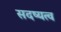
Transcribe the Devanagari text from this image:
सदष्यत्व